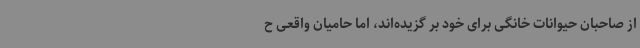
از صاحبان حیوانات خانگی برای خود بر گزیده‌اند، اما حامیان واقعی ح